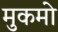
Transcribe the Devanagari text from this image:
मुकमो